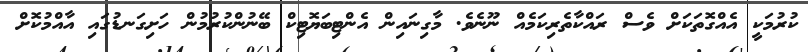
ކުރުމަކީ އެއްގޮތަކަށް ވެސް ރައްކާތެރިކަމެއް ނޫނެވެ. މާގިނައިން އެންޓިބަޔޮޓިކް ބޭނުންކުރުމުން ހަށިގަނޑުގައި އާއްމުކޮށް